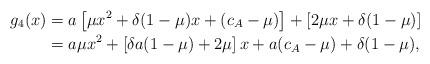
LaTeX: \begin{align*}g_4(x) &= a\left[\mu x^2 + \delta(1-\mu)x + (c_A - \mu)\right] + \left[2\mu x + \delta(1 - \mu)\right] \\&= a\mu x^2 +\left[\delta a (1 - \mu) + 2 \mu\right] x+ a (c_A - \mu) +\delta(1-\mu) ,\end{align*}